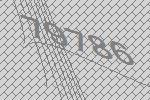
79786